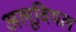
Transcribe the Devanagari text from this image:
अलूवियल